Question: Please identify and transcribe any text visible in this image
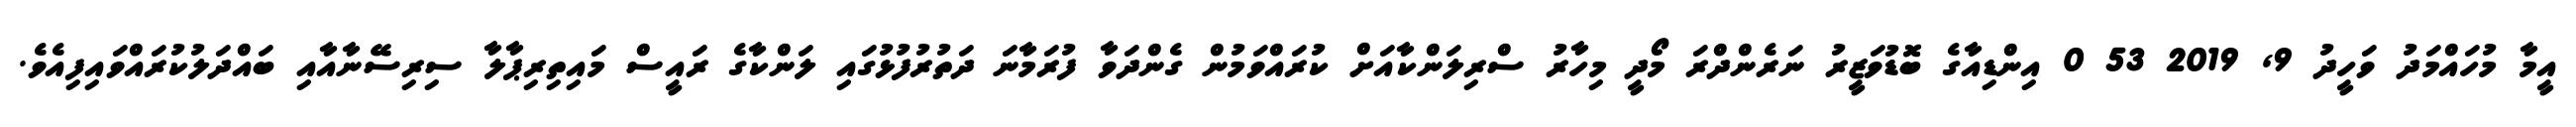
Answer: އީމާ މުހައްމަދު ވަހީދު 9, 2019 53 0 އިންޑިއާގެ ބޮޑުވަޒީރު ނަރެންދްރަ މޯދީ މިހާރު ސްރިލަންކާއަށް ކުރައްވަމުން ގެންދަވާ ފުރަމާނަ ދަތުރުފުޅުގައި ލަންކާގެ ރައީސް މައިތިރިޕާލާ ސިރިސޭނާއާއި ބައްދަލުކުރައްވައިފިއެވެ.